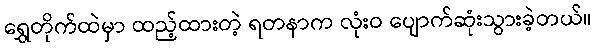
ရွှေတိုက်ထဲမှာ ထည့်ထားတဲ့ ရတနာက လုံးဝ ပျောက်ဆုံးသွားခဲ့တယ်။